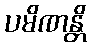
ပမိဏန္တိ